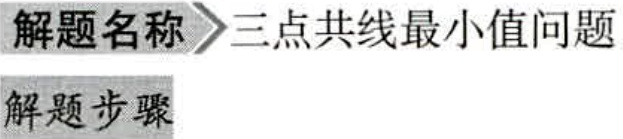
解题名称 \(\rightharpoonup\) 三点共线最小值问题
解题步骤